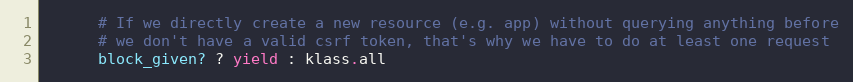
Language: Ruby
      # If we directly create a new resource (e.g. app) without querying anything before
      # we don't have a valid csrf token, that's why we have to do at least one request
      block_given? ? yield : klass.all